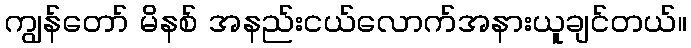
ကျွန်တော် မိနစ် အနည်းငယ်လောက်အနားယူချင်တယ်။